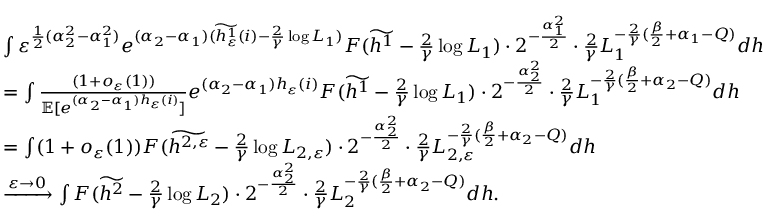
\begin{array} { r l } & { \int \varepsilon ^ { \frac { 1 } { 2 } ( \alpha _ { 2 } ^ { 2 } - \alpha _ { 1 } ^ { 2 } ) } e ^ { ( \alpha _ { 2 } - \alpha _ { 1 } ) ( \widetilde { h _ { \varepsilon } ^ { 1 } } ( i ) - \frac { 2 } { \gamma } \log L _ { 1 } ) } F ( \widetilde { h ^ { 1 } } - \frac { 2 } { \gamma } \log L _ { 1 } ) \cdot 2 ^ { - \frac { \alpha _ { 1 } ^ { 2 } } { 2 } } \cdot \frac { 2 } { \gamma } L _ { 1 } ^ { - \frac { 2 } { \gamma } ( \frac { \beta } { 2 } + \alpha _ { 1 } - Q ) } d h } \\ & { = \int \frac { ( 1 + o _ { \varepsilon } ( 1 ) ) } { \mathbb E [ e ^ { ( \alpha _ { 2 } - \alpha _ { 1 } ) h _ { \varepsilon } ( i ) } ] } e ^ { ( \alpha _ { 2 } - \alpha _ { 1 } ) { h _ { \varepsilon } } ( i ) } F ( \widetilde { h ^ { 1 } } - \frac { 2 } { \gamma } \log L _ { 1 } ) \cdot 2 ^ { - \frac { \alpha _ { 2 } ^ { 2 } } { 2 } } \cdot \frac { 2 } { \gamma } L _ { 1 } ^ { - \frac { 2 } { \gamma } ( \frac { \beta } { 2 } + \alpha _ { 2 } - Q ) } d h } \\ & { = \int ( 1 + o _ { \varepsilon } ( 1 ) ) F ( \widetilde { h ^ { 2 , \varepsilon } } - \frac { 2 } { \gamma } \log L _ { 2 , \varepsilon } ) \cdot 2 ^ { - \frac { \alpha _ { 2 } ^ { 2 } } { 2 } } \cdot \frac { 2 } { \gamma } L _ { 2 , \varepsilon } ^ { - \frac { 2 } { \gamma } ( \frac { \beta } { 2 } + \alpha _ { 2 } - Q ) } d h } \\ & { \xrightarrow { \varepsilon \to 0 } \int F ( \widetilde { h ^ { 2 } } - \frac { 2 } { \gamma } \log L _ { 2 } ) \cdot 2 ^ { - \frac { \alpha _ { 2 } ^ { 2 } } { 2 } } \cdot \frac { 2 } { \gamma } L _ { 2 } ^ { - \frac { 2 } { \gamma } ( \frac { \beta } { 2 } + \alpha _ { 2 } - Q ) } d h . } \end{array}